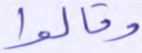
وقالوا